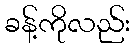
ခန့်ကိုလည်း